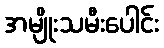
အမျိုးသမီးပေါင်း